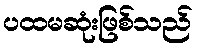
ပထမဆုံးဖြစ်သည်